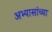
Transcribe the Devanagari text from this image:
अभ्यासांच्या